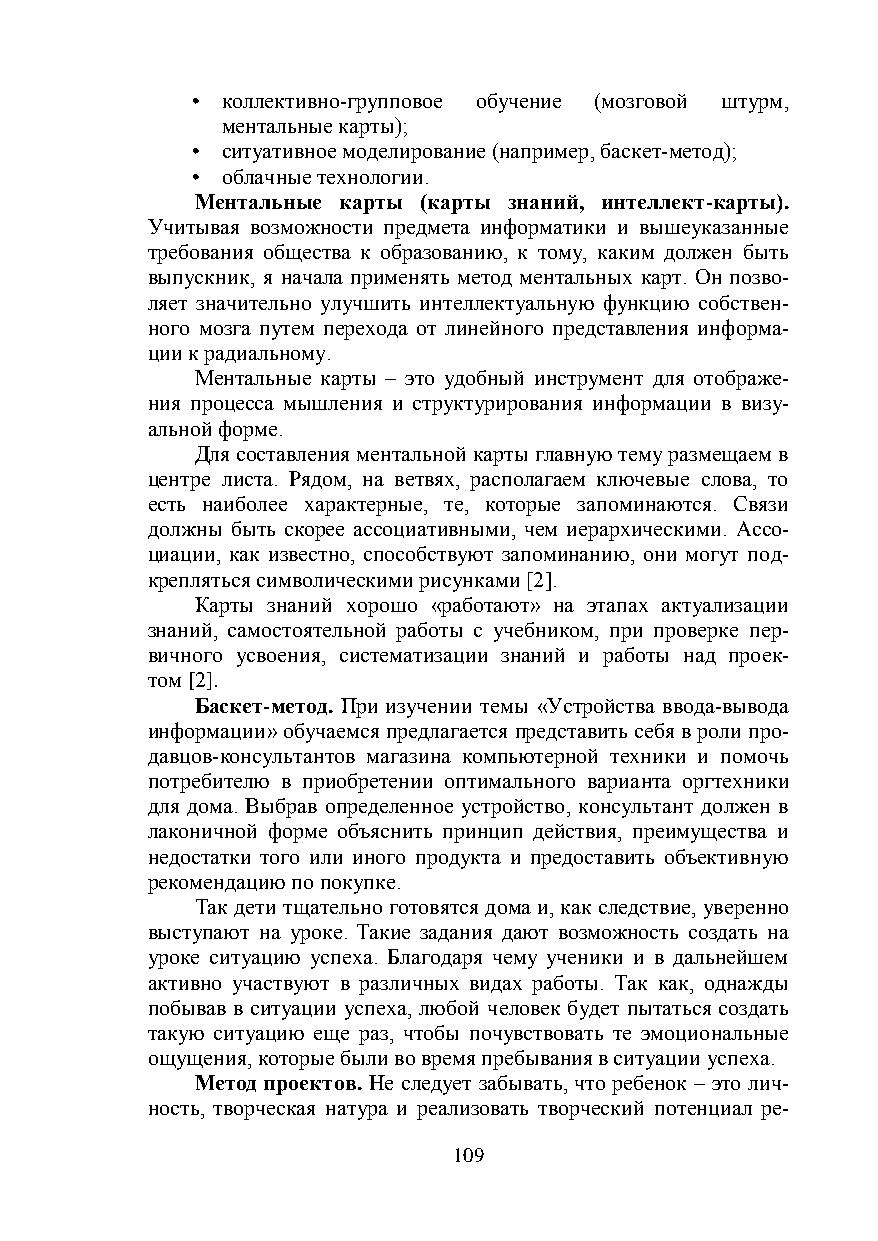
• коллективно-групповое обучение (мозговой штурм,
 ментальные карты);
 • ситуативное моделирование (например, баскет-метод);
 • облачные технологии.
 Ментальные карты (карты знаний, интеллект-карты).
 Учитывая возможности предмета информатики и вышеуказанные
 требования общества к образованию, к тому, каким должен быть
 выпускник, я начала применять метод ментальных карт. Он позво-
 ляет значительно улучшить интеллектуальную функцию собствен-
 ного мозга путем перехода от линейного представления информа-
 ции к радиальному.
 Ментальные карты – это удобный инструмент для отображе-
 ния процесса мышления и структурирования информации в визу-
 альной форме.
 Для составления ментальной карты главную тему размещаем в
 центре листа. Рядом, на ветвях, располагаем ключевые слова, то
 есть наиболее характерные, те, которые запоминаются. Связи
 должны быть скорее ассоциативными, чем иерархическими. Ассо-
 циации, как известно, способствуют запоминанию, они могут под-
 крепляться символическими рисунками [2].
 Карты знаний хорошо «работают» на этапах актуализации
 знаний, самостоятельной работы с учебником, при проверке пер-
 вичного усвоения, систематизации знаний и работы над проек-
 том [2].
 Баскет-метод. При изучении темы «Устройства ввода-вывода
 информации» обучаемся предлагается представить себя в роли про-
 давцов-консультантов магазина компьютерной техники и помочь
 потребителю в приобретении оптимального варианта оргтехники
 для дома. Выбрав определенное устройство, консультант должен в
 лаконичной форме объяснить принцип действия, преимущества и
 недостатки того или иного продукта и предоставить объективную
 рекомендацию по покупке.
 Так дети тщательно готовятся дома и, как следствие, уверенно
 выступают на уроке. Такие задания дают возможность создать на
 уроке ситуацию успеха. Благодаря чему ученики и в дальнейшем
 активно участвуют в различных видах работы. Так как, однажды
 побывав в ситуации успеха, любой человек будет пытаться создать
 такую ситуацию еще раз, чтобы почувствовать те эмоциональные
 ощущения, которые были во время пребывания в ситуации успеха.
 Метод проектов. Не следует забывать, что ребенок – это лич-
 ность, творческая натура и реализовать творческий потенциал ре-
 109